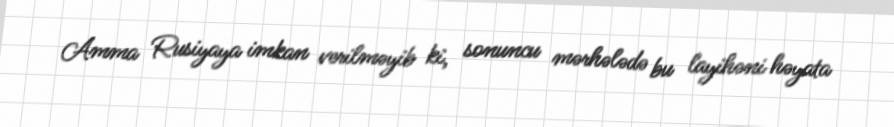
Amma Rusiyaya imkan verilməyib ki, sonuncu mərhələdə bu layihəni həyata